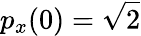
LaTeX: p_{x}(0)=\sqrt{2}